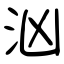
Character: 汹